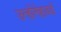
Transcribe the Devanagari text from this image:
उन्होंनेहावर्ड